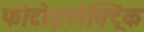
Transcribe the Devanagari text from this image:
फोटोइलेक्ट्रिक